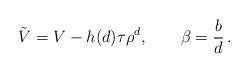
LaTeX: \begin{align*}{\tilde V} = V - h(d) \tau \rho^{d},\qquad\beta = \frac{b}{d}\,.\end{align*}